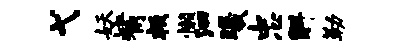
弋妖觜叛懒泗曦忠斛勒